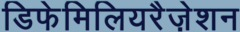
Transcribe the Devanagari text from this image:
डिफेमिलियरैज़ेशन